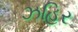
ઝહિર